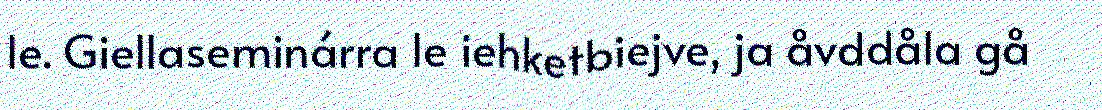
le. Giellaseminárra le iehketbiejve, ja åvddåla gå